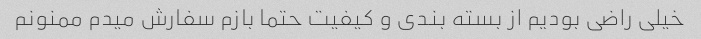
خیلی راضی بودیم از بسته بندی و کیفیت حتما بازم سفارش میدم ممنونم